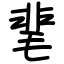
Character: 靟